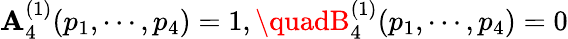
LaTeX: \mathbf{A}_{4}^{(1)}(p_{1},\cdots,p_{4})=1,\quadB_{4}^{(1)}(p_{1},\cdots,p_{4})=0